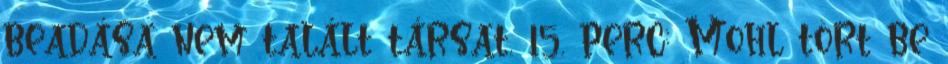
beadása nem talált társat. 15. perc: Mohl tört be